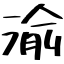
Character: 渝